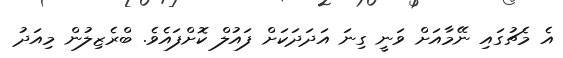
އެ މެޗުގައި ނޭމާއަށް ވަނީ ގިނަ އަދަދަކަށް ފައުލް ކޮށްފައެވެ. ބްރެޒިލުން މިއަދު